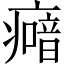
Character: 𤺵